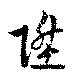
陞